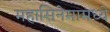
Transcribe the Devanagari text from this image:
महासिनेमामध्ये